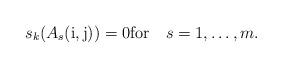
LaTeX: \begin{align*} s_k(A_{s}(\mathrm{i,j}))=0 {\rm for \quad} s=1,\ldots,m. \end{align*}